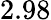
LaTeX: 2.98